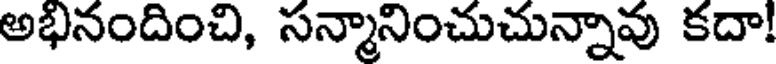
అభినందించి, సన్మానించుచున్నావు కదా!